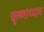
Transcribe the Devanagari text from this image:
कृष्णांच्याच